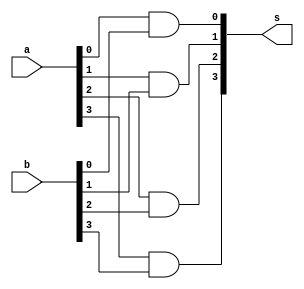
// -------------------------
// Exemplo0031 - F4
// Nome: TIAGO MATTA MACHADO ZAIDAN
// -------------------------
// -------------------------
// f4_gate
// -------------------------
module fand4 (output [3:0] s,
input [3:0] a,
input [3:0] b);
and  ( s[0], a[0], b[0] );
and  ( s[1], a[1], b[1] );
and  ( s[2], a[2], b[2] );
and  ( s[3], a[3], b[3] );

endmodule // fand4

module for4 (output [3:0] s,
input [3:0] a,
input [3:0] b);
or  ( s[0], a[0], b[0] );
or  ( s[1], a[1], b[1] );
or  ( s[2], a[2], b[2] );
or  ( s[3], a[3], b[3] );

endmodule // for4

module test_f4;
// ------------------------- definir dados
reg [3:0] x,a;
reg [3:0] y,b;
wire [3:0] z,c;
fand4 AND(z, x, y);
for4  OR(c, a, b);
// ------------------------- parte principal
initial begin
$display("Exemplo0031 - TIAGO MATTA MACHADO ZAIDAN - 451620");
$display("Test LU's module");
x = 4'b0011; y = 4'b0101;
a = 4'b0011; b = 4'b0101;
// projetar testes do modulo
#1 $display("%4b   and   %4b = %4b",x,y,z);

#1 $display("%4b    or    %4b = %4b",a,b,c);
end
endmodule // test_f4